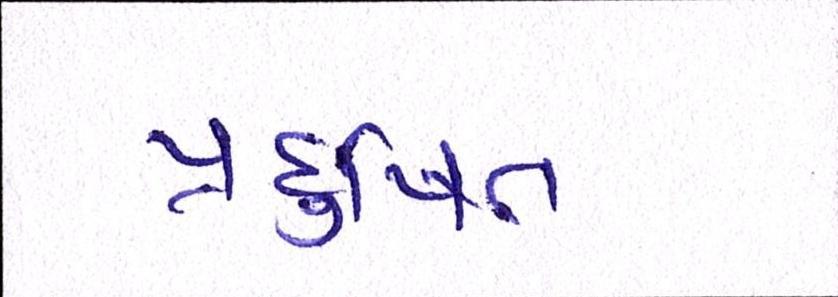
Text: પ્રદુષિત